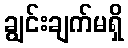
ချွင်းချက်မရှိ